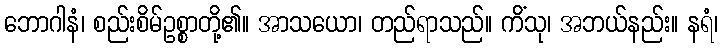
ဘောဂါနံ၊ စည်းစိမ်ဥစ္စာတို့၏။ အာသယော၊ တည်ရာသည်။ ကိံသု၊ အဘယ်နည်း။ နရံ၊